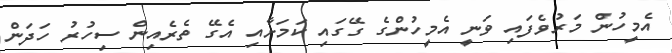
އެމީހުން މަރުވެފައި ވަނީ އެމީހުންގެ ގޭގައި ކަމަށާއި އެގޭ ތެރެއިން ސިހުރު ހަދަން